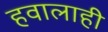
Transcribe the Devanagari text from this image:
हवालाही